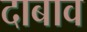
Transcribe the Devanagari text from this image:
दाबाव